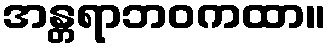
အန္တရာဘဝကထာ။